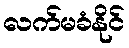
လက်မခံနိုင်